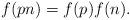
LaTeX: \begin{align*}f(pn) = f(p)f(n).\end{align*}